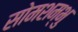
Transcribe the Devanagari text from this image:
सोमशम्भु